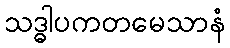
သဒ္ဓါပကတမေသာနံ